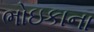
ભોઇકાના